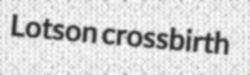
Lotson crossbirth